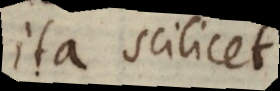
ita scilicet